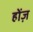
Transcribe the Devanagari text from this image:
होंज़